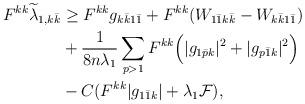
LaTeX: \begin{align*}\begin{aligned} F^{kk}\widetilde{\lambda}_{1,k\bar k} &\geq F^{kk}g_{k\bar k1\bar 1}+ F^{kk}(W_{1\bar 1k\bar k} - W_{k\bar k1\bar 1}) \\&+ \frac{1}{8n\lambda_1}\sum_{p > 1} F^{kk}\Big( |g_{1\bar pk}|^2 + |g_{p\bar 1k}|^2\Big) \\&- C(F^{kk}|g_{1\bar 1k}| + \lambda_1\mathcal{F}),\end{aligned}\end{align*}